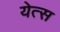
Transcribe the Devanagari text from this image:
येत्स